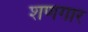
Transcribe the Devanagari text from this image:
शणगार